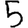
Digit: 5